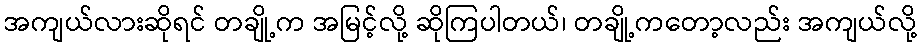
အကျယ်လားဆိုရင် တချို့က အမြင့်လို့ ဆိုကြပါတယ်၊ တချို့ကတော့လည်း အကျယ်လို့